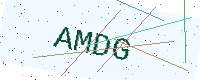
Text: AMDG